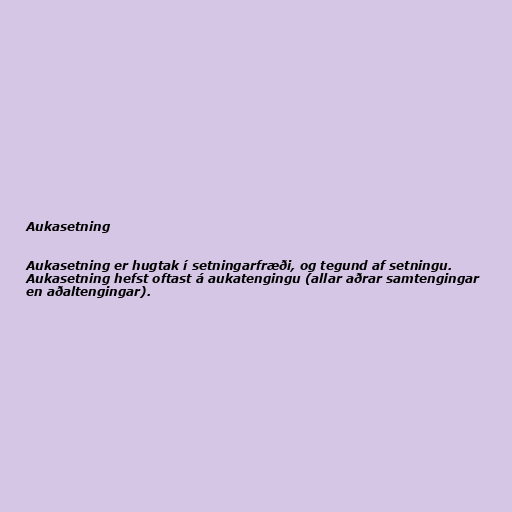
Aukasetning

Aukasetning er hugtak í setningarfræði, og tegund af setningu.
Aukasetning hefst oftast á aukatengingu (allar aðrar samtengingar
en aðaltengingar).